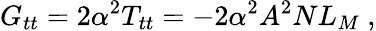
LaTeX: G_{tt}=2\alpha^{2}T_{tt}=-2\alpha^{2}A^{2}NL_{M}\ ,